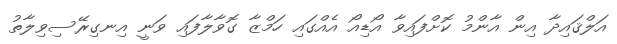
އަލްޤައިދާ އިން އާންމު ކޮށްފައިވާ އޯޑިއޯ އެއްގައި ހަމްޒާ ގޮވާލާފައި ވަނީ އިނގިރޭސިވިލާތު